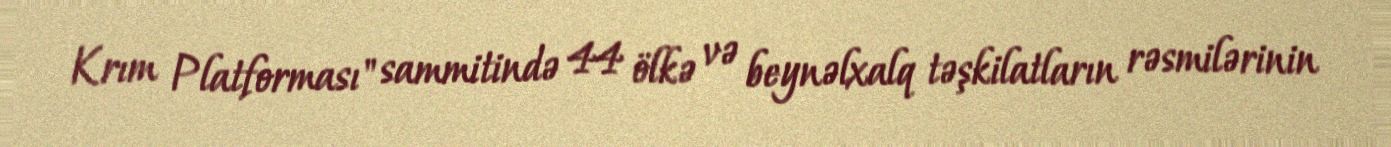
Krım Platforması" sammitində 44 ölkə və beynəlxalq təşkilatların rəsmilərinin